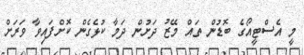
މީ އެސްޓީއޯގެ ބޮޑުން ތައް މޭޒު ދަށުން ދަމާ ކުޅެގެން ކޮށްފައިވާ ވަރަށް